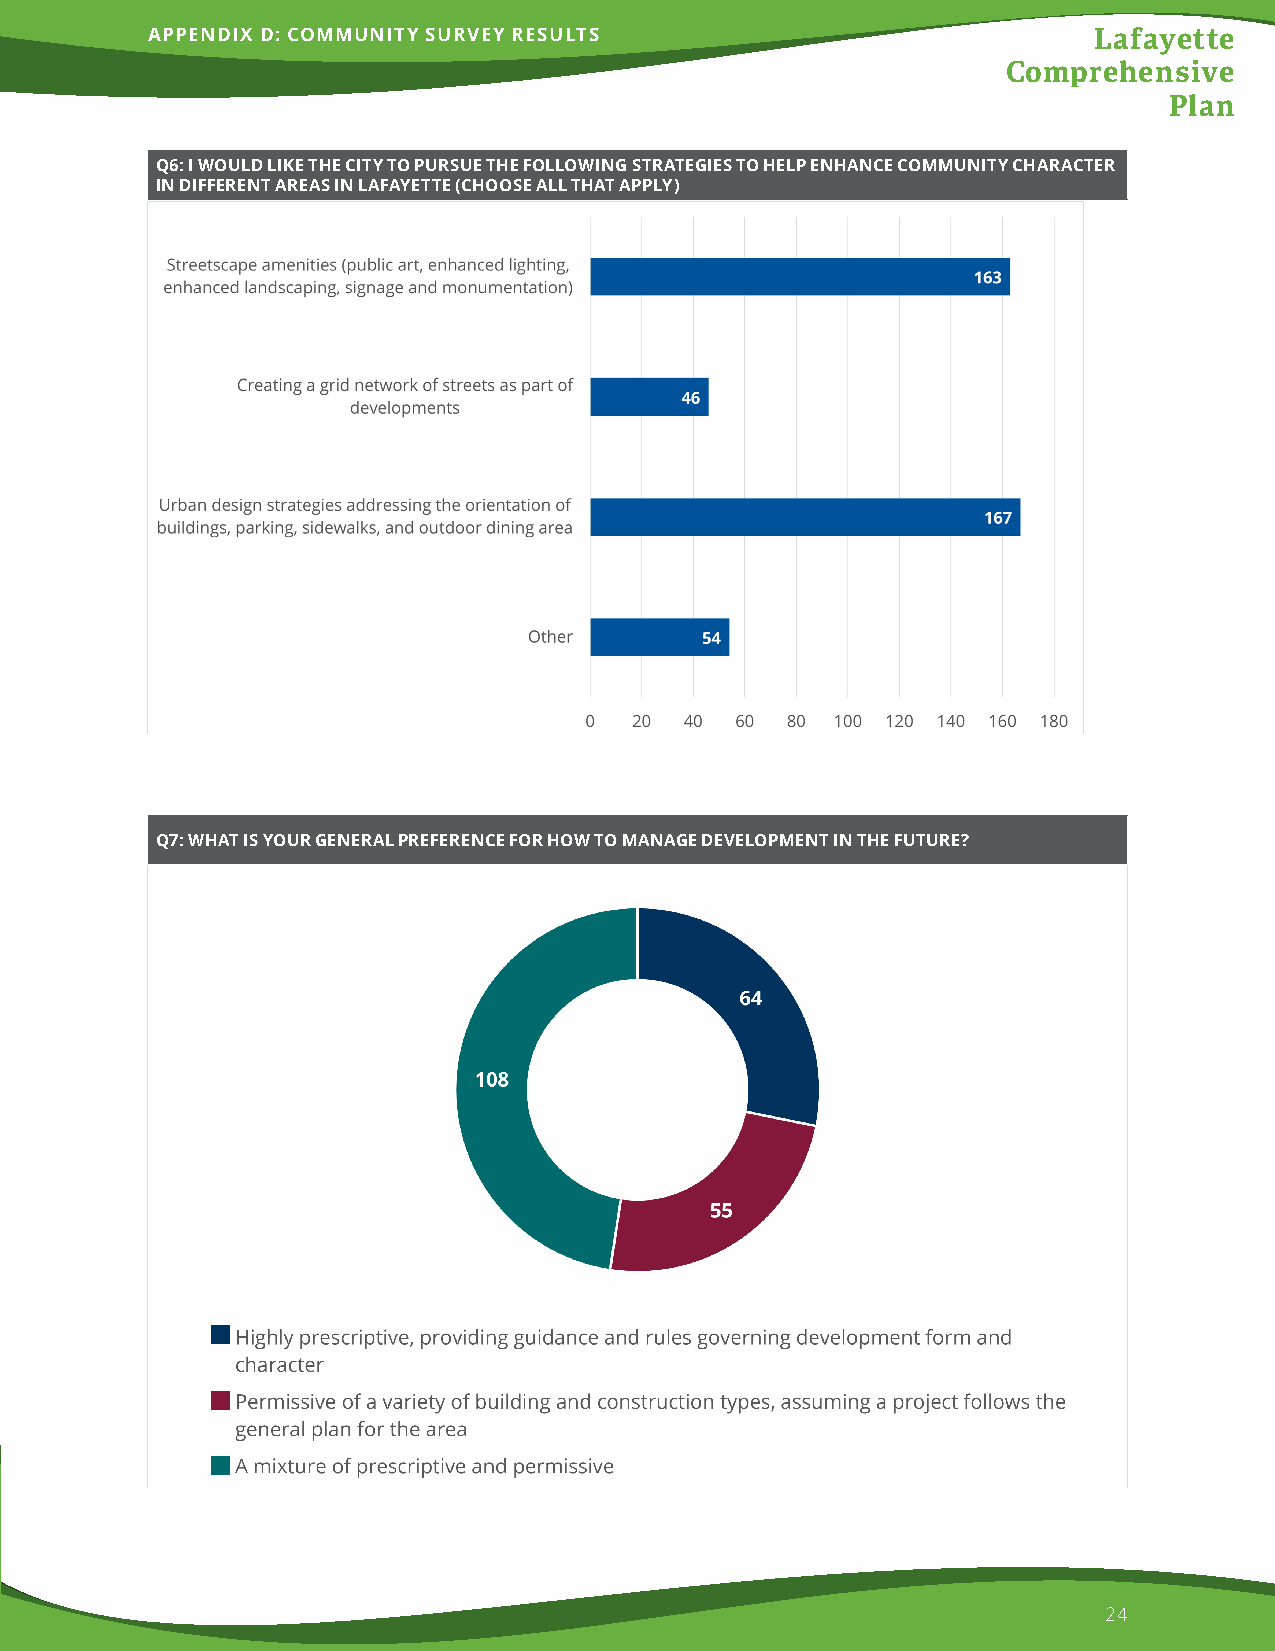
APPENDIX D: COMMUNITY SURVEY RESULTS                          Lafayette
 Comprehensive
 Plan
 Q6: I WOULD LIKE THE CITY TO PURSUE THE FOLLOWING STRATEGIES TO HELP ENHANCE COMMUNITY CHARACTER
 IN DIFFERENT AREAS IN LAFAYETTE (CHOOSE ALL THAT APPLY)
 Q7: WHAT IS YOUR GENERAL PREFERENCE FOR HOW TO MANAGE DEVELOPMENT IN THE FUTURE?
 24